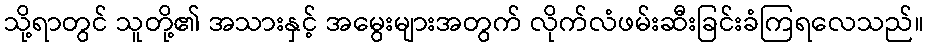
သို့ရာတွင် သူတို့၏ အသားနှင့် အမွေးများအတွက် လိုက်လံဖမ်းဆီးခြင်းခံကြရလေသည်။